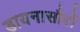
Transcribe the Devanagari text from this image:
डायनासौरों